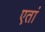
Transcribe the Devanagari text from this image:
एतां